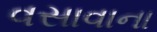
વસાવાના